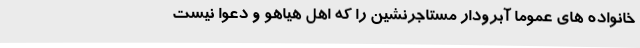
خانواده های عموما آبرودار مستاجرنشین را که اهل هیاهو و دعوا نیست